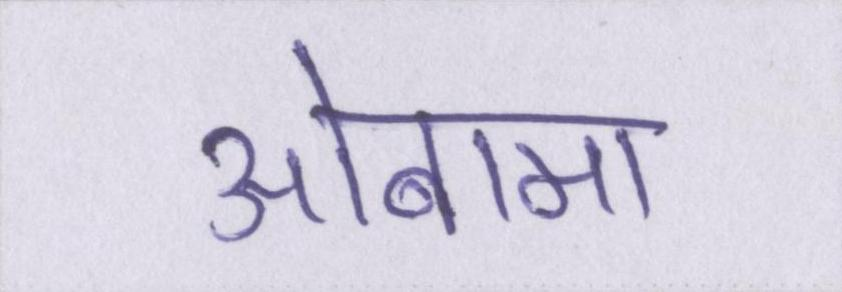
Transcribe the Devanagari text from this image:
ओबामा